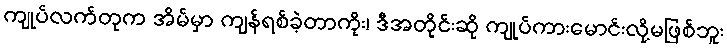
ကျုပ်လက်တုက အိမ်မှာ ကျန်ရစ်ခဲ့တာကိုး၊ ဒီအတိုင်းဆို ကျုပ်ကားမောင်းလို့မဖြစ်ဘူး